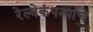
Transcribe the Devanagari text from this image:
रेल्वेकंपन्यांचे